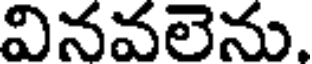
వినవలెను.